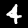
Label: 4